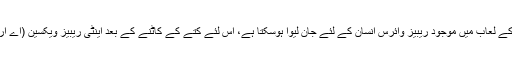
کتے کے کاٹنے کے بعد اس کے لعاب میں موجود ریبیز وائرس انسان کے لئے جان لیوا ہوسکتا ہے، اس لئے کتے کے کاٹنے کے بعد اینٹی ریبیز ویکسین (اے آر وی) لگانا ضروری ہوتا ہے۔